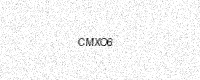
Text: CMXO6